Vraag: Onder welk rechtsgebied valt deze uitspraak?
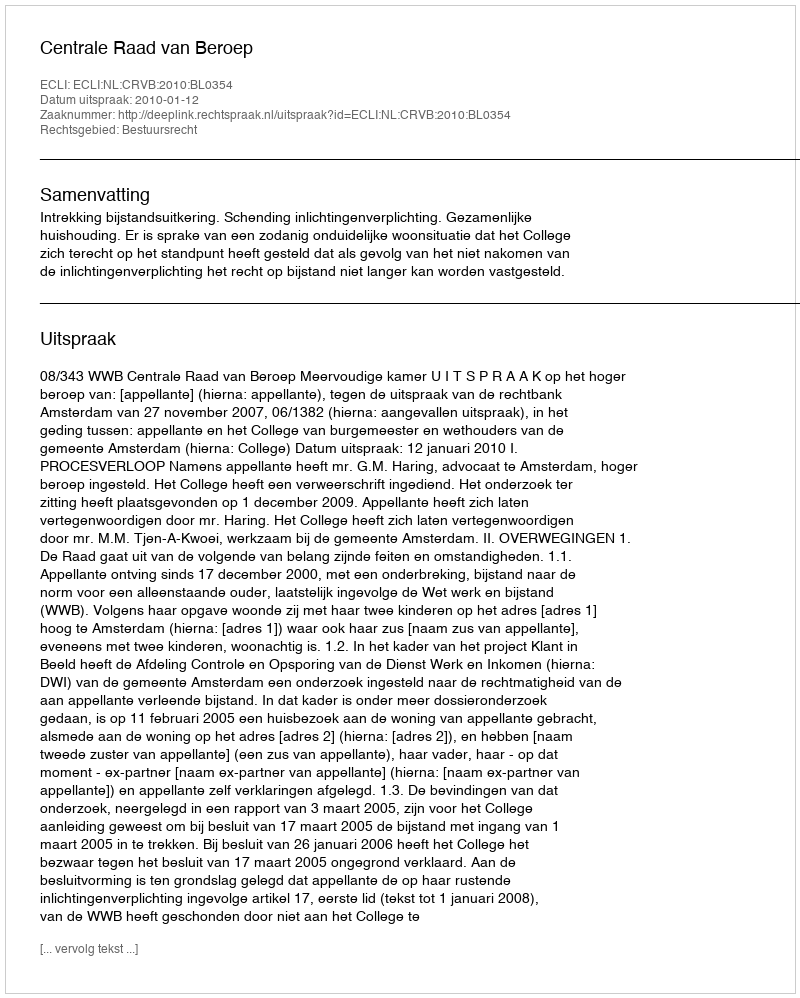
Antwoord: Bestuursrecht